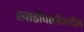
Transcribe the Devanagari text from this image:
खाडीपलीकडील